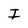
Character: I